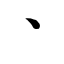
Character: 丶